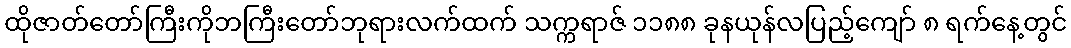
ထိုဇာတ်တော်ကြီးကိုဘကြီးတော်ဘုရားလက်ထက် သက္ကရာဇ် ၁၁၈၈ ခုနယုန်လပြည့်ကျော် ၈ ရက်နေ့တွင်